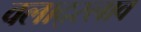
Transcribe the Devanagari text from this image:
वलाद्स्लाव